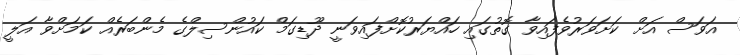
އަވަސް އަށް ކަށަވަރުވެފައިވާ ގޮތުގައި ހައްޔަރުކޮށްފައިވަނީ ދޫޑިގަމް ކައުންސިލްގެ މެންބަރެއް ކަމަށްވާ އަލީ